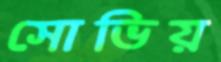
সোভিয়